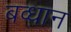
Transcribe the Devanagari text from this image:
बव्धान